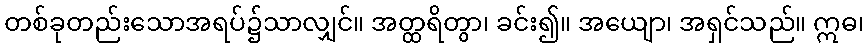
တစ်ခုတည်းသောအရပ်၌သာလျှင်။ အတ္ထရိတွာ၊ ခင်း၍။ အယျော၊ အရှင်သည်။ ဣဓ၊